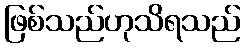
ဖြစ်သည်ဟုသိရသည်